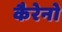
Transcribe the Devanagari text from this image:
कैरेनो